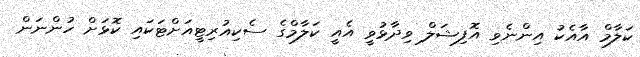
ކަލާމް އާއެކު އިންނެވި އޮފިޝަލް ވިދާޅުވީ އެއީ ކަލާމްގެ ސެކިއުރިޓީއަށްޓަކައި ކޮޅަށް ހުންނަން